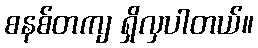
စနစ်တကျ ရှိလှပါတယ်။